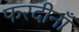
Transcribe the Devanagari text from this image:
फरदीनाँ